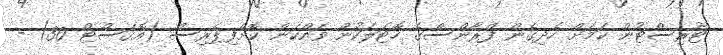
ޓޫރިސްޓުން ކަމަށް ހެދިގެން ފްރާންސްގެ ހޮޓަލަކުން ވައްކަން ކޮށްފިޕެރިސް (އޮގަސްޓް 30) -